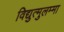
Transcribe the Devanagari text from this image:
विद्युत्मुलम्मा